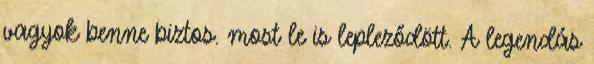
vagyok benne biztos. most le is lepleződött. A legendás